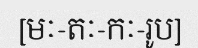
[មៈ-តៈ-កៈ-រូប]